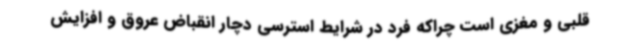
قلبی و مغزی است چراکه فرد در شرایط استرسی دچار انقباض عروق و افزایش